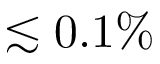
\lesssim 0 . 1 \%